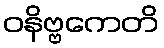
ဝနိဗ္ဗကေတိ